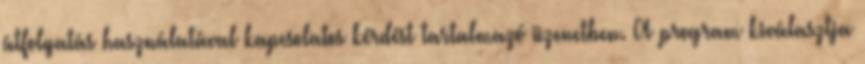
átfolyatás használatával kapcsolatos kérdést tartalmazó üzenetben. A program kiválasztja